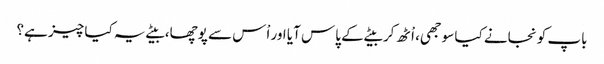
باپ کو نجانے کیا سوجھی، اْٹھ کر بیٹے کے پاس آیا اور اْس سے پوچھا، بیٹے یہ کیا چیز ہے؟